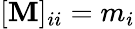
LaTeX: [\mathbf{M}]_{ii}=m_{i}